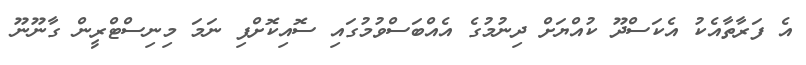
އެ ފަރާތާއެކު އެކަސްދޫ ކުއްޔަށް ދިނުމުގެ އެއްބަސްވުމުގައި ސޮއިކޮށްފި ނަމަ މިނިސްޓްރީން ގާނޫނޫ